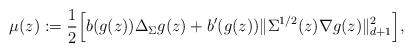
LaTeX: \begin{align*} \mu ( z ) & := \frac{1}{2} \Bigl[ b ( g ( z ) ) \Delta_{\Sigma} g ( z ) + b' ( g( z) ) \| \Sigma^{1/2} (z) \nabla g ( z ) \|_{d+1}^2 \Bigr] , \end{align*}